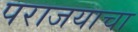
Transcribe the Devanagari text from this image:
पराजयाचा